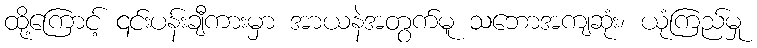
ထို့ကြောင့် ၎င်းပန်းချီကားမှာ အာယနဲအတွက်မူ သဘောအကျဆုံး၊ ယုံကြည်မှု